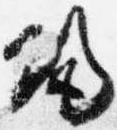
帰